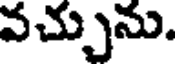
వచ్చును.